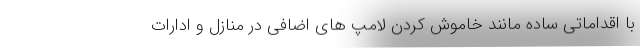
با اقداماتی ساده مانند خاموش کردن لامپ های اضافی در منازل و ادارات